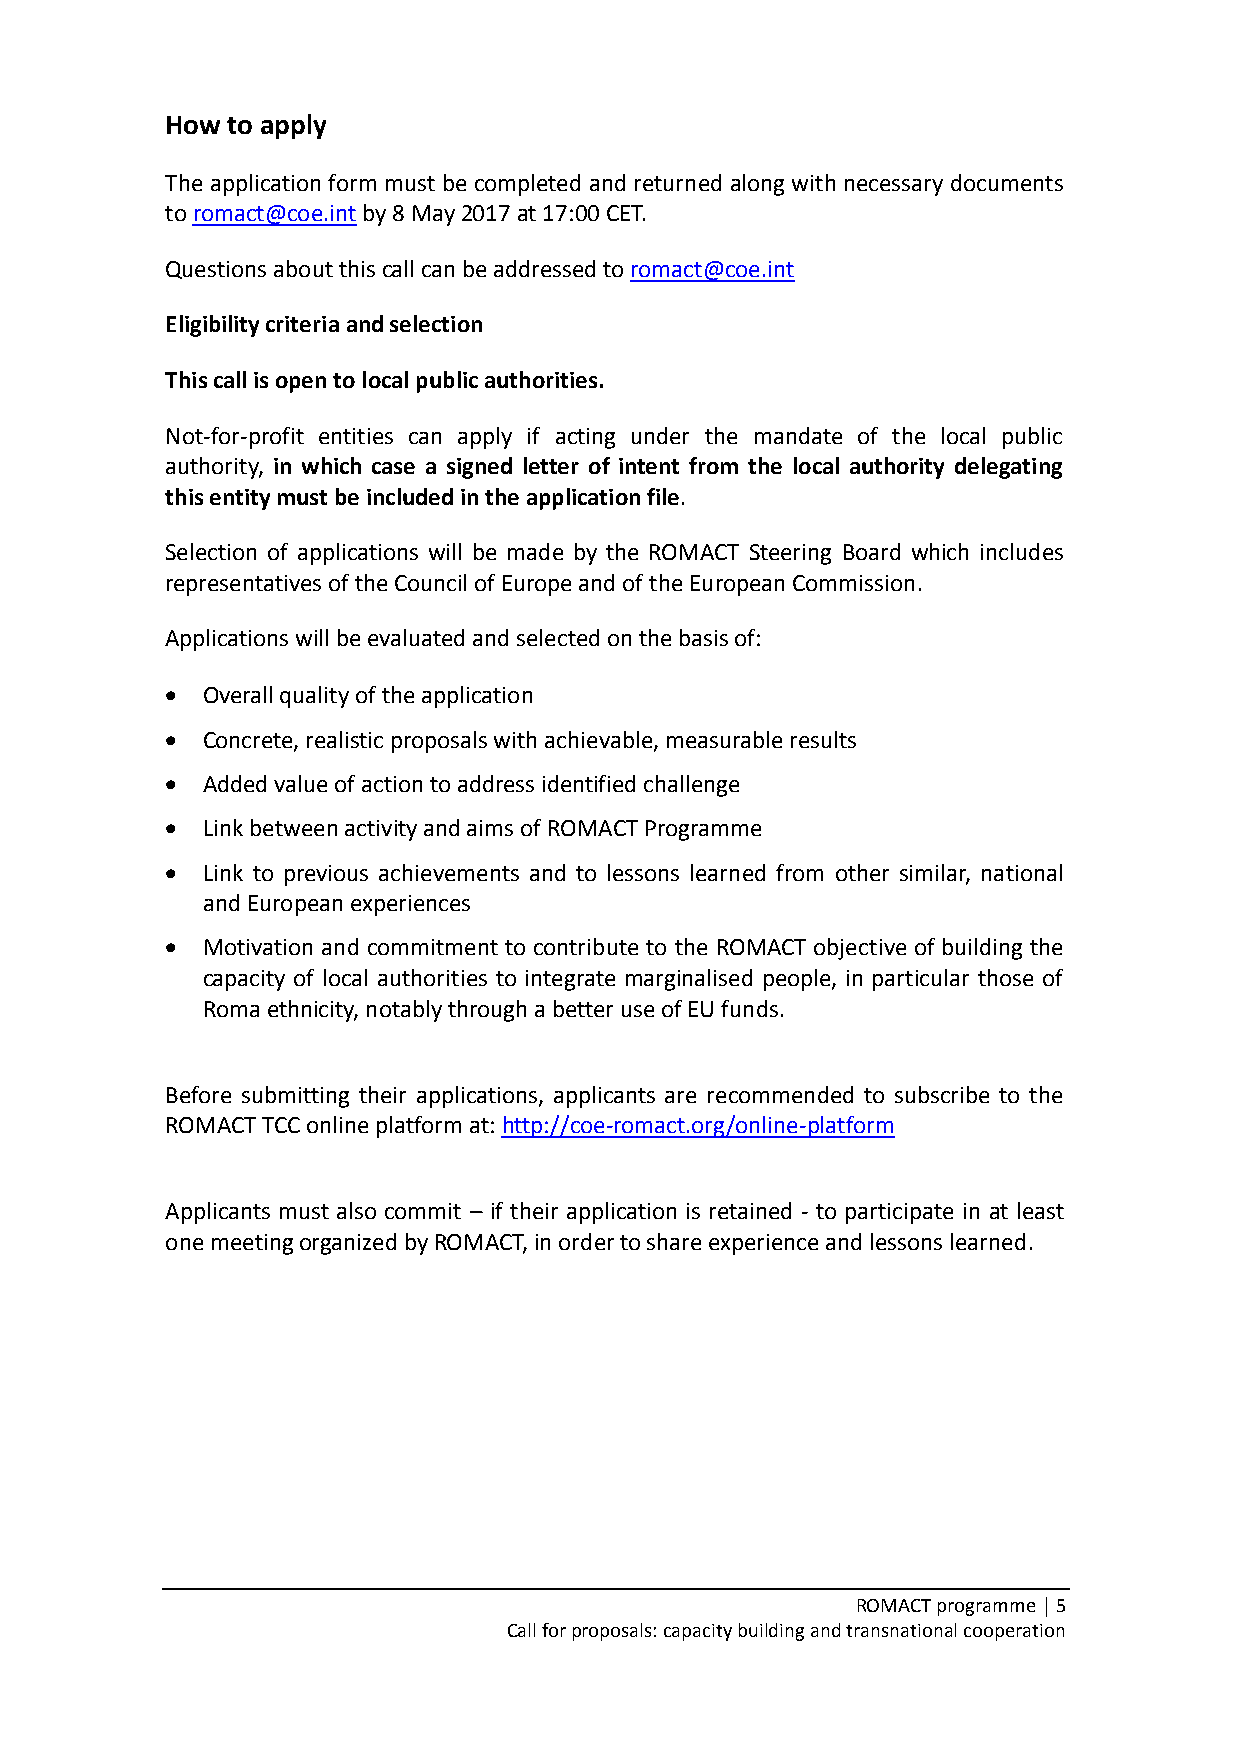
How to apply
 The application form must be completed and returned along with necessary documents
 to romact@coe.int by 8 May 2017 at 17:00 CET.
 Questions about this call can be addressed to romact@coe.int
 Eligibility criteria and selection
 This call is open to local public authorities.
 Not-for-profit entities can apply if acting under the mandate of the local public
 authority, in which case a signed letter of intent from the local authority delegating
 this entity must be included in the application file.
 Selection of applications will be made by the ROMACT Steering Board which includes
 representatives of the Council of Europe and of the European Commission.
 Applications will be evaluated and selected on the basis of:
  Overall quality of the application
  Concrete, realistic proposals with achievable, measurable results
  Added value of action to address identified challenge
  Link between activity and aims of ROMACT Programme
  Link to previous achievements and to lessons learned from other similar, national
 and European experiences
  Motivation and commitment to contribute to the ROMACT objective of building the
 capacity of local authorities to integrate marginalised people, in particular those of
 Roma ethnicity, notably through a better use of EU funds.
 Before submitting their applications, applicants are recommended to subscribe to the
 ROMACT TCC online platform at: http://coe-romact.org/online-platform
 Applicants must also commit – if their application is retained - to participate in at least
 one meeting organized by ROMACT, in order to share experience and lessons learned.
 ROMACT programme │ 5
 Call for proposals: capacity building and transnational cooperation